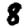
Digit: 8